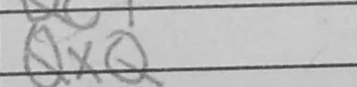
Transcription: QxQ